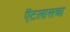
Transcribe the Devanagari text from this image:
ऍटलासचा